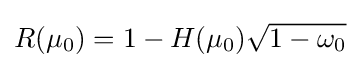
R(\mu _{0})=1-H(\mu _{0}){\sqrt {1-\omega _{0}}}